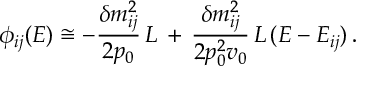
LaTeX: \phi _ { i j } ( E ) \cong - \frac { \delta m _ { i j } ^ { 2 } } { 2 p _ { 0 } } \, L \, + \, \frac { \delta m _ { i j } ^ { 2 } } { 2 p _ { 0 } ^ { 2 } v _ { 0 } } \, L \, ( E - E _ { i j } ) \, .